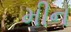
મીન